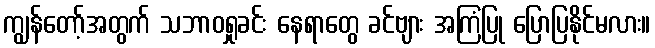
ကျွန်တော့်အတွက် သဘာဝရှုခင်း နေရာတွေ ခင်ဗျား အကြံပြု ပြောပြနိုင်မလား။